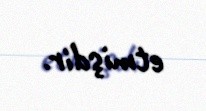
etmişdir.